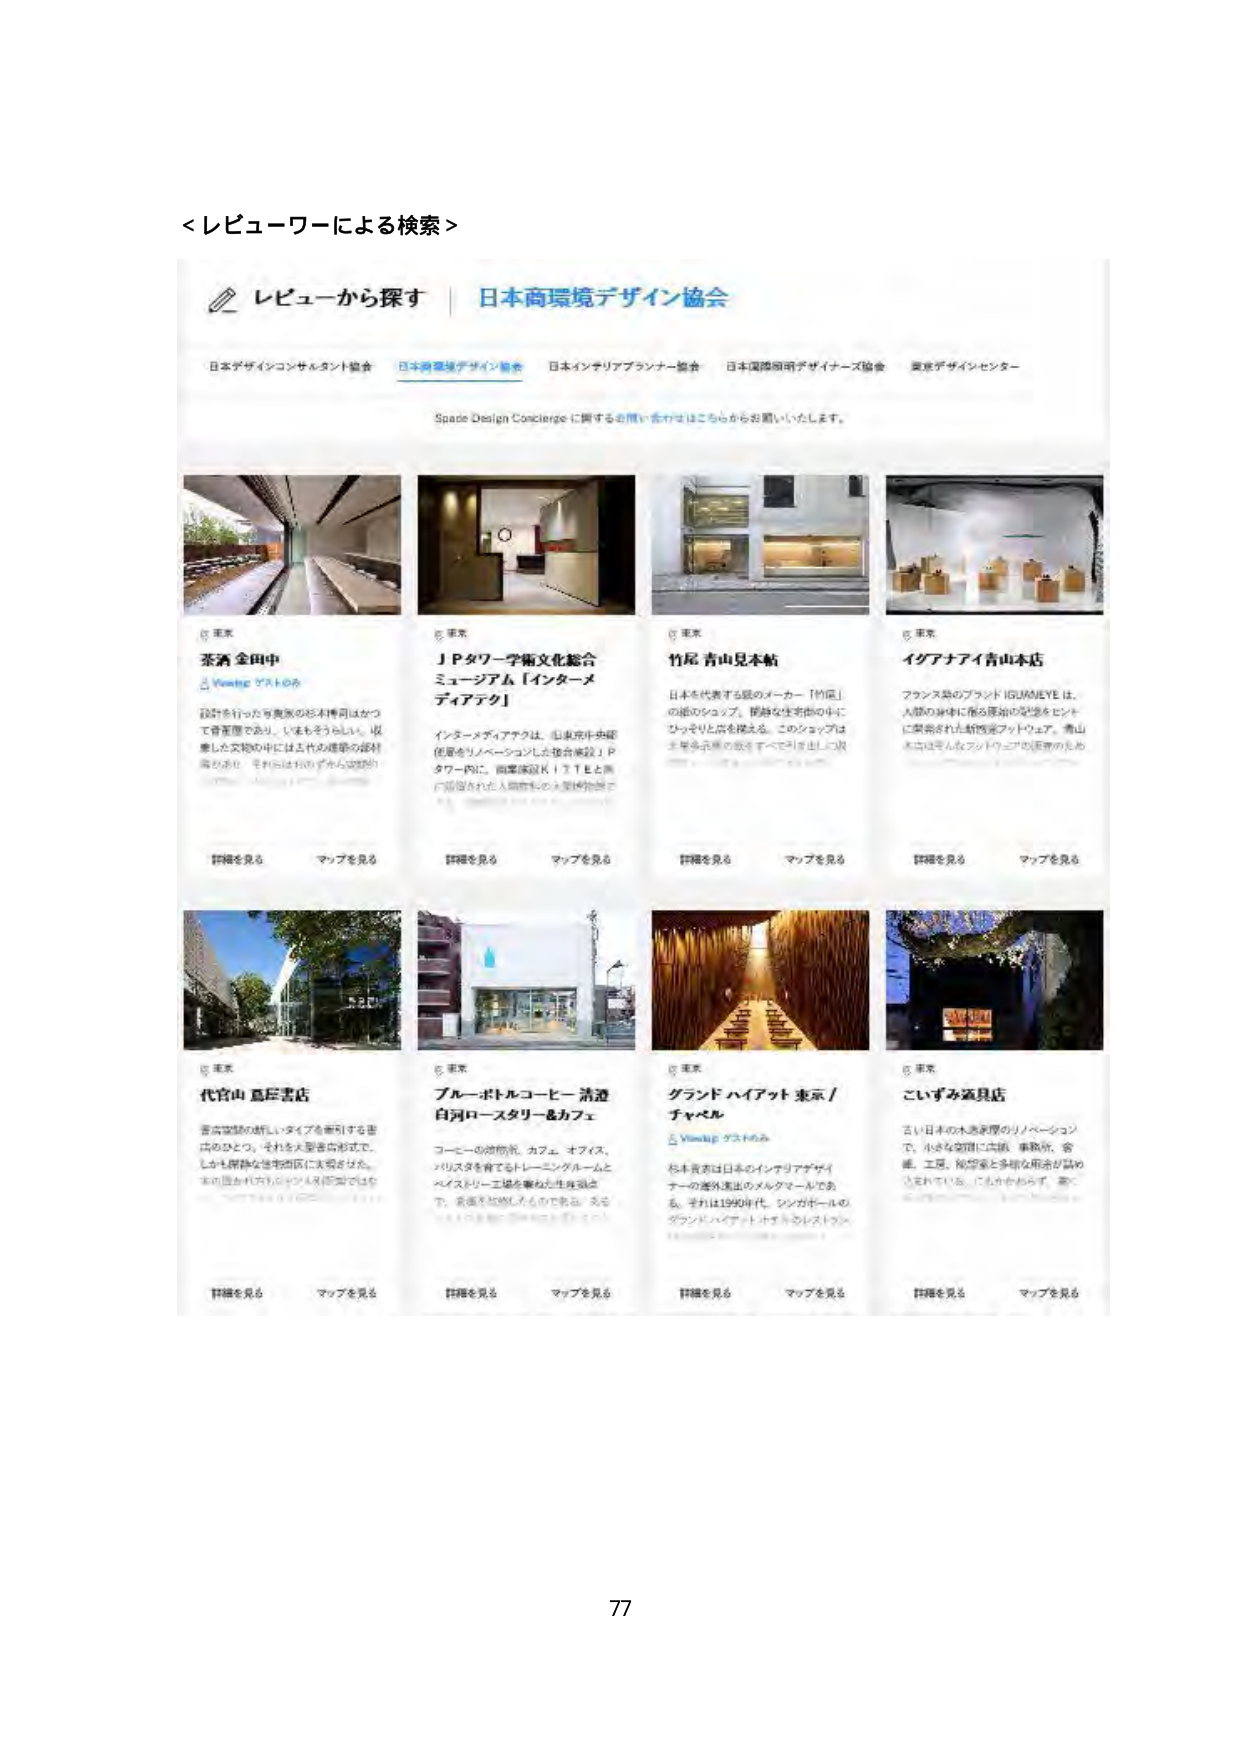
＜レビューワーによる検索＞

レビューから探す | 日本商環境デザイン協会

日本デザインコンサルタント協会 日本商環境デザイン協会 日本インテリアプランナー協会 日本国際照明デザイナーズ協会 東京デザインセンター

Space Design Concierge に関するお問い合わせはこちらからお願いいたします。

東京
茶酒 金田中
Viewing デストロイ
設計を行った写真家の杉本博司はかつて骨董屋であり、いまもそうらしい。収集した文物の中には五代の建築の部材等があり、それははれのずかん空間的
詳細を見る マップを見る

東京
ＪＰタワー学術文化総合
ミュージアム「インタメ
ディアテク」
インタメディアテクは、山東京中央区
住居をリノベーションした複合施設ＪＰ
タワー内に、四重奏団ＫＩＴＴＥと同
に設置された人間科学の大型博物館で
詳細を見る マップを見る

東京
竹尾 青山見本帖
日本を代表する紙のメーカー「竹尾」
の紙のショップ。閉静な住宅街の中に
ひっそりと店を構える。このショップは
千葉県多古町の森をすべて引き出した取
詳細を見る マップを見る

東京
イグアナアイ青山本店
フランス発のブランドIGUANEYEは、
人間の身体に触る原始の記憶をヒント
に開発された新感覚フットウェア。青山
本店はそんなフットウェアの原点のと
詳細を見る マップを見る

東京
代官山 邑屋書店
書店空間の新しいタイプを牽引する書
店のひとつ。それを大型書店形式で、
しかも静かな住宅街内に実現させた。
本の屋台や古本ショップを街頭ではな
詳細を見る マップを見る

東京
ブルーボトルコーヒー 清澄
白河ロースタリー＆カフェ
コーヒーの植物系、カフェ、オフィス、
バリスタを育てるトレーニングルームと
ペイストリー工場を兼ねた生産施設
下、最適を加熱したものを製品。支店
詳細を見る マップを見る

東京
グランド ハイアット 東京 /
チャペル
Viewing デストロイ
杉本貴志は日本のインテリアデザイ
ナーの海外進出のメルクマールであ
る。それは1990年代、シンガポールの
グランド ハイアット ホテルのレストラン
詳細を見る マップを見る

東京
こいずみ酒見店
古い日本の木造家屋のリノベーション
で、小さな空間に店舗、事務所、倉
庫、工房、居間等と多様な用途が込め
込まれている。にわかやわらぎ、静に
詳細を見る マップを見る

77